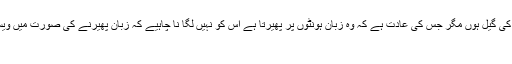
روزے کی حالت میں لپ اسٹک اور ویسلین لگا سکتے ہیں جبکہ حرام اجزاء سے تیار نہ کی گیل ہوں مگر جس کی عادت ہے کہ وہ زبان ہونٹوں پر پھیرتا ہے اس کو نہیں لگا نا چاہیے کہ زبان پھیرنے کی صورت میں ویسلین اور لپ اسٹک کے اجزاء حلق سے نیچے اتر اجائیں گے اور یوں روزہ ٹوٹ جائےگا
سوال نمبر ۳ ۔